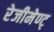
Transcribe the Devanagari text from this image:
रेजीमेण्ट्